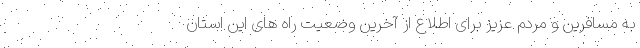
به مسافرین و مردم عزیز برای اطلاع از آخرین وضعیت راه های این استان